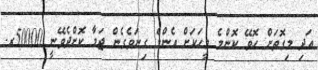
އަދި މިގޮތަށް ހޮވޭ ކޮންމެ މީހަކަށް އެންމެ ގިނަވެގެން ޖަމާ ކޮށްދެވޭނީ 50000ރ.